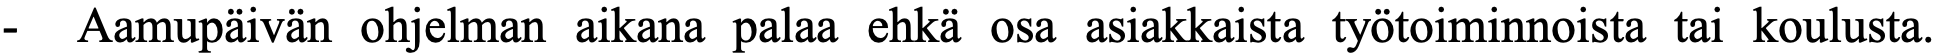
-  Aamupäivän ohjelman aikana palaa ehkä osa asiakkaista työtoiminnoista tai koulusta.